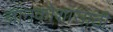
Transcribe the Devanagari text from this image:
ज्ञानकोशासाठी